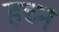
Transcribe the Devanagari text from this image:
हच्न